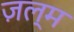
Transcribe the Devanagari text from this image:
ज़ल्म